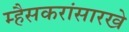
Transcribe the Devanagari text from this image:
म्हैसकरांसारखे